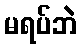
မရပ်ဘဲ